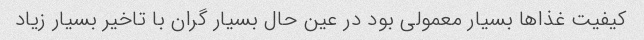
کیفیت غذاها بسیار معمولی بود در عین حال بسیار گران با تاخیر بسیار زیاد